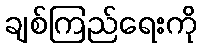
ချစ်ကြည်ရေးကို